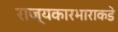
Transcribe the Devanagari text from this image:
राज्यकारभाराकडे